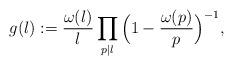
LaTeX: \begin{align*} g (l):=\frac{\omega(l)}{l}\prod_{p|l}\Big(1-\frac{\omega(p)}{p} \Big)^{-1}, \end{align*}